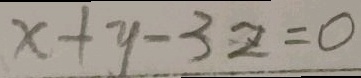
x + y - 3 z = 0